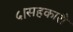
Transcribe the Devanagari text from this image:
५।सहकारी